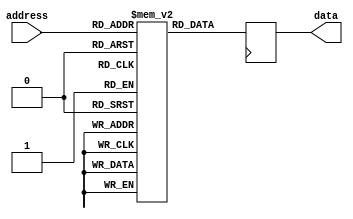
module PROM(
    input wire [N-1:0] address,
    output reg [M-1:0] data
);
    
    parameter N = 8; // Number of address bits
    parameter M = 16; // Number of data bits
    parameter MEM_SIZE = 256; // Number of memory blocks
    
    reg [M-1:0] memory [0:MEM_SIZE-1];
    
    always @ (posedge clk) begin
        data <= memory[address];
    end
    
endmodule